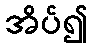
အိပ်၍